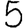
Digit: 5